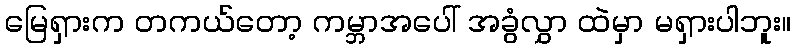
မြေရှားက တကယ်တော့ ကမ္ဘာအပေါ် အခွံလွှာ ထဲမှာ မရှားပါဘူး။